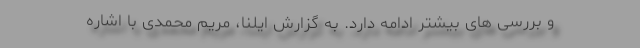
و بررسی های بیشتر ادامه دارد. به گزارش ایلنا، مریم محمدی با اشاره